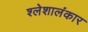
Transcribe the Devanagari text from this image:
श्लेशालंकार